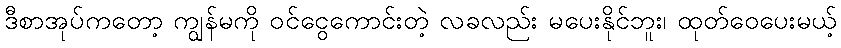
ဒီစာအုပ်ကတော့ ကျွန်မကို ဝင်ငွေကောင်းတဲ့ လခလည်း မပေးနိုင်ဘူး၊ ထုတ်ဝေပေးမယ့်